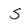
Character: S